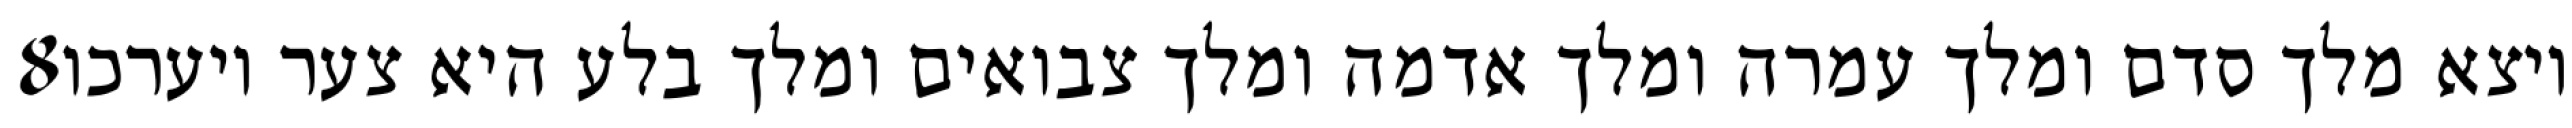
‎8‏ ויצא מלך סדם ומלך עמרה ומלך אדמה ומלך צבואים ומלך בלע היא צער ויערכו